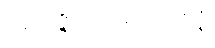
အဝိဇ္ဇာသညောဇနံ